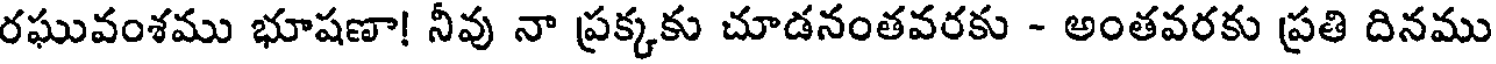
రఘువంశము భూషణా! నీవు నా ప్రక్కకు చూడనంతవరకు - అంతవరకు ప్రతి దినము